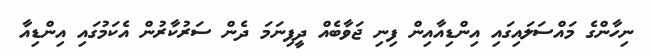
ނިހާންގެ މައްސަލައިގައި އިންޑިއާއިން ފިނި ޖަވާބެއް ދީފިނަމަ ދެން ސަރުކާރުން އެކަމުގައި އިންޑިއާ